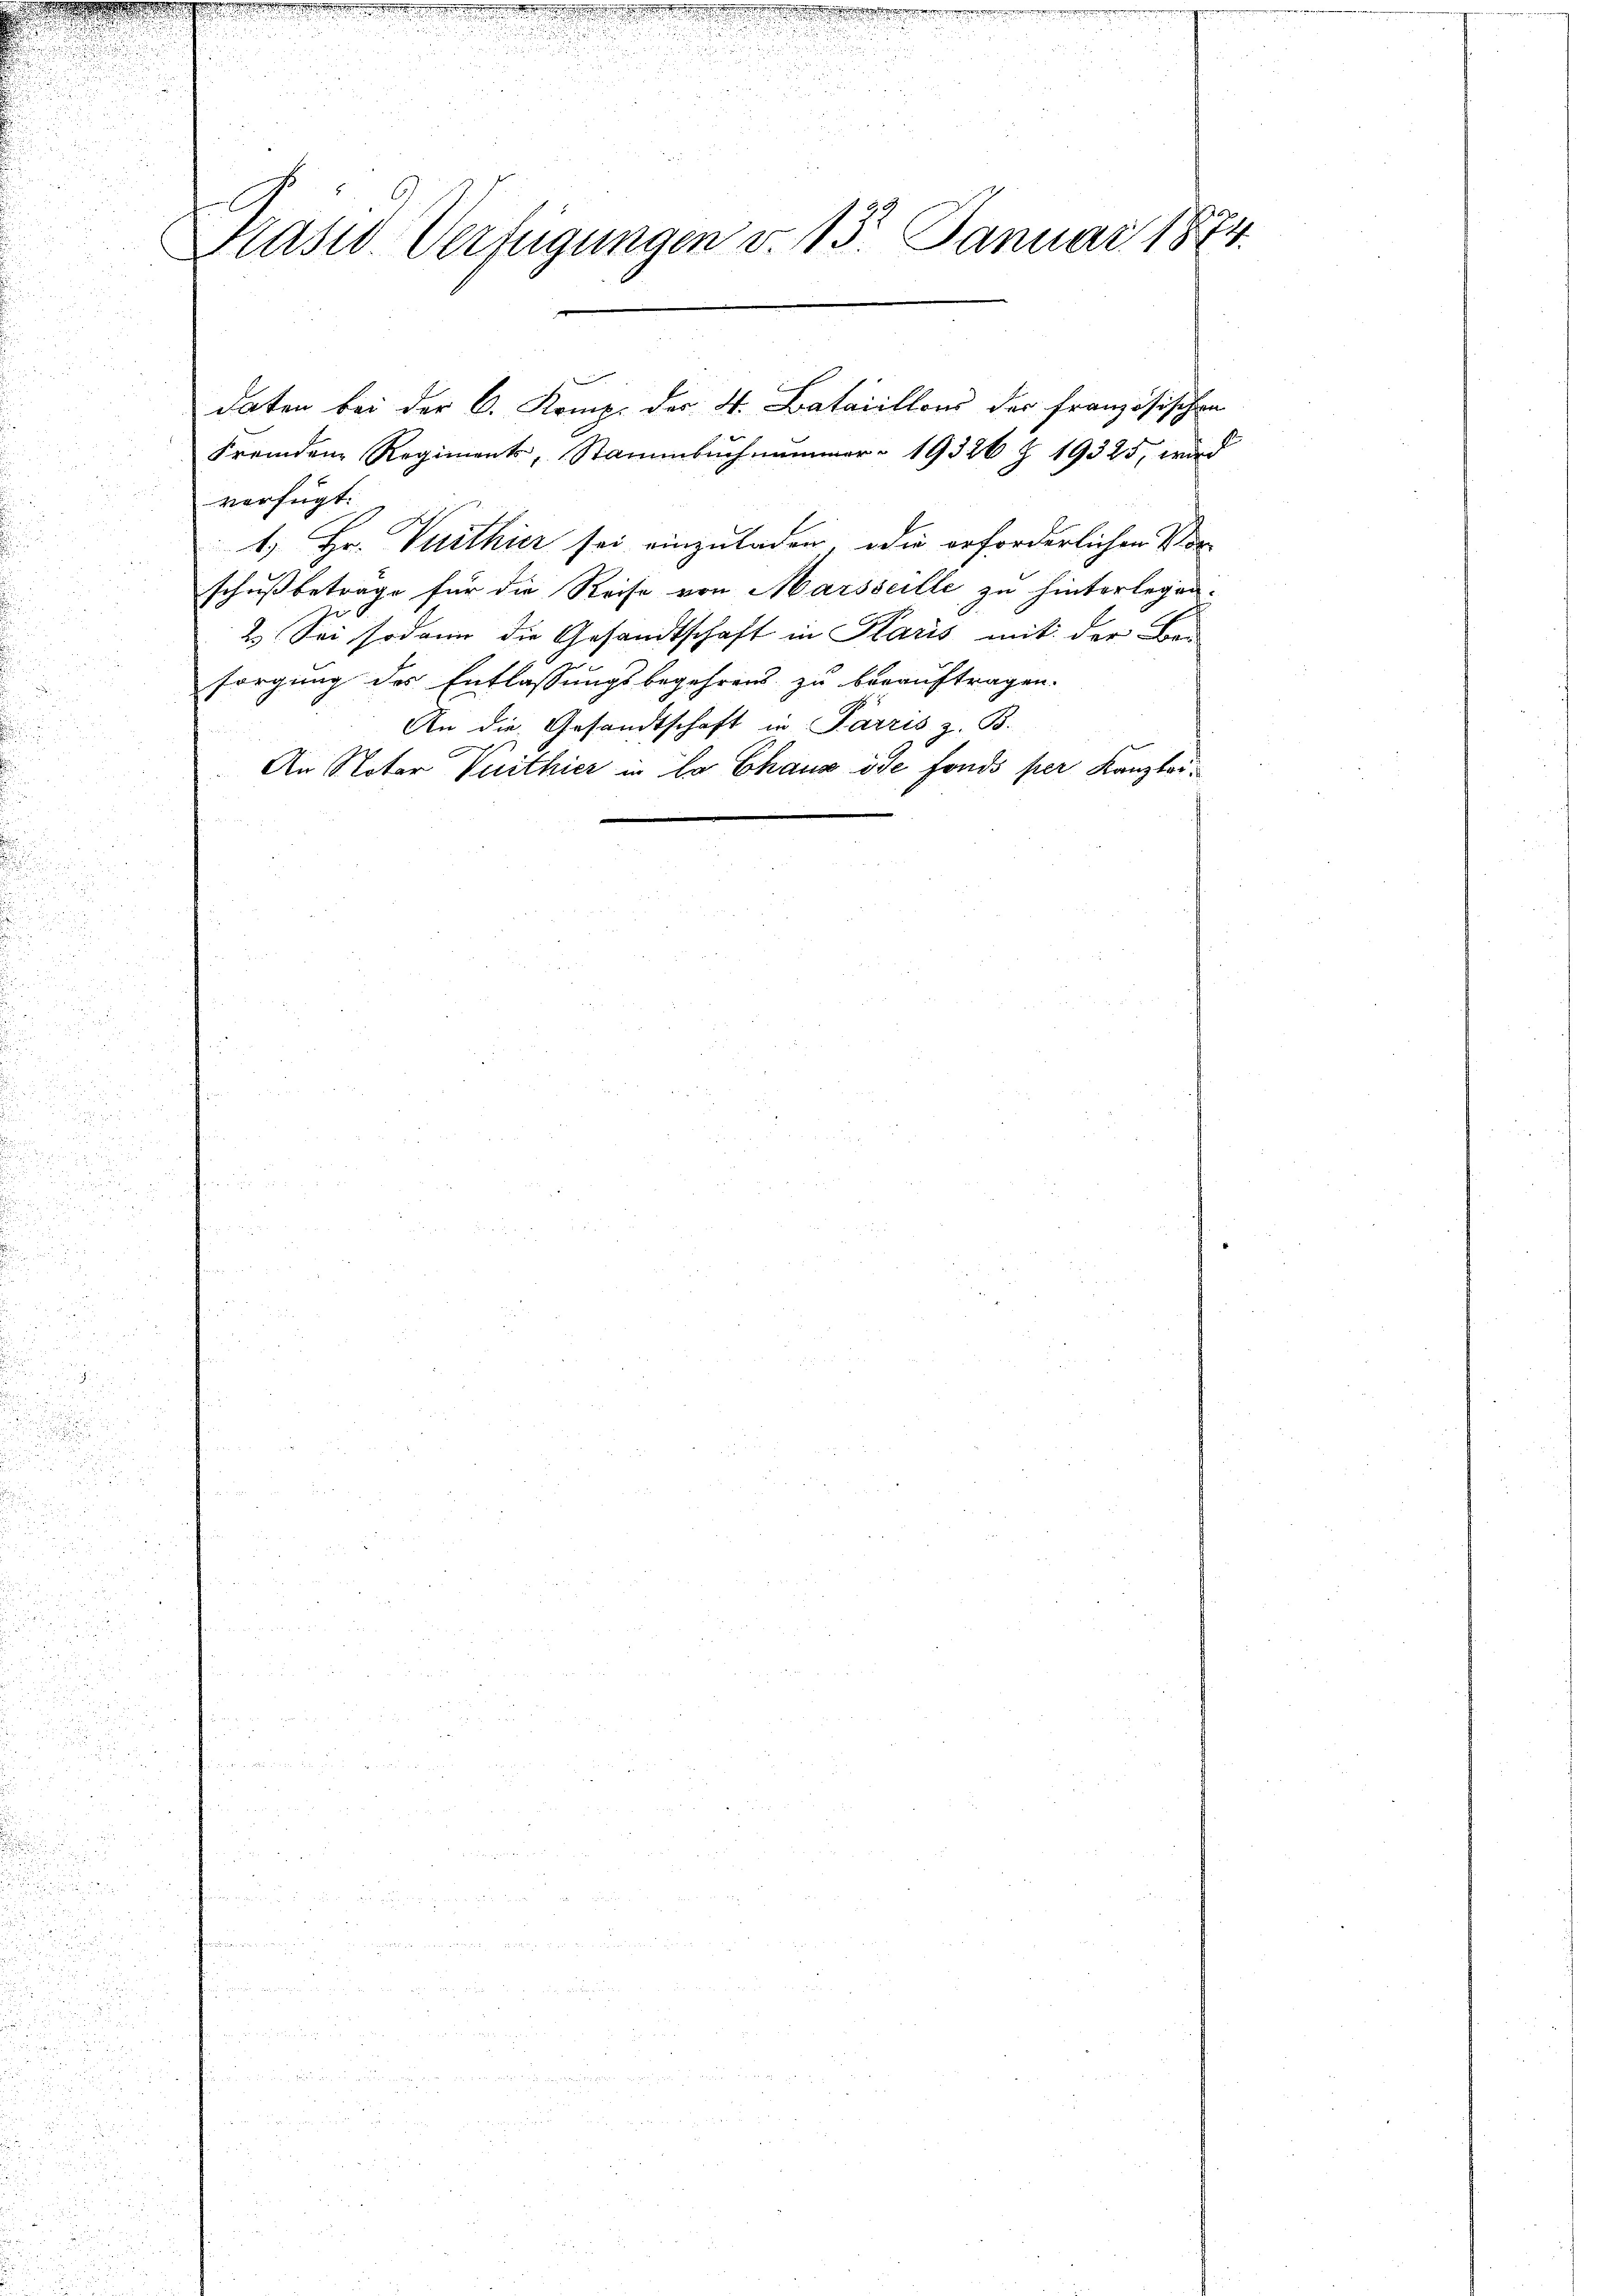
a
Pasiv-Verfügungen v. 15. Januar 1874.

Fremden Regiments, Stammbuchnammer 19326 Z 19325, wird
verfügt:
1. Hr. Verthier sei einzuladen, die erforderlichen Vor-
schußbetrage für die Reise von Marseille zu hinterlegen.
2. Sei sodann die Gesandtschaft in Klaris mit der Ber
sorgung des Entlassungsbegehrens zu beauftragen.
An die Gesandtschaft in Parris z. B.
An Notar Vuithier in La Chaus öde fonds per Kanzlei¬

daten bei der C. Komp. des 4. Bataillons der französischen